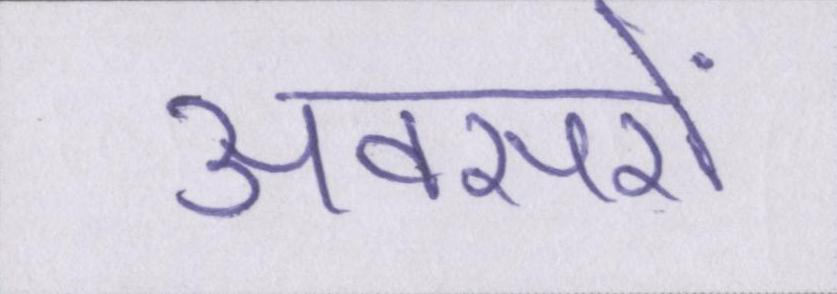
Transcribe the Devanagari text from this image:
अवसरों